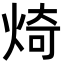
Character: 𪸴